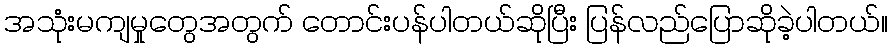
အသုံးမကျမှုတွေအတွက် တောင်းပန်ပါတယ်ဆိုပြီး ပြန်လည်ပြောဆိုခဲ့ပါတယ်။